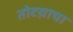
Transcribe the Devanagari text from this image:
तोटय़ाचा